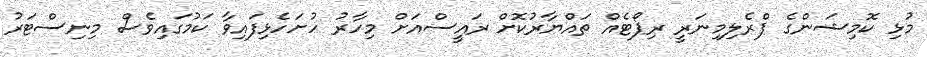
މުޅި ކޮމިޝަންގެ ޕްރެލިމިނަރީ ރިޕޯޓެއް ތައްޔާރުކޮށް ރައީސްއަށް މިހާރު ހުށަހެޅިފައިވާ ކަމުގައިވެސް މިނިސްޓަރު